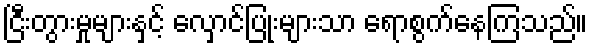
ငြီးတွားမှုများနှင့် လှောင်ပြုံးများသာ ရောစွက်နေကြသည်။